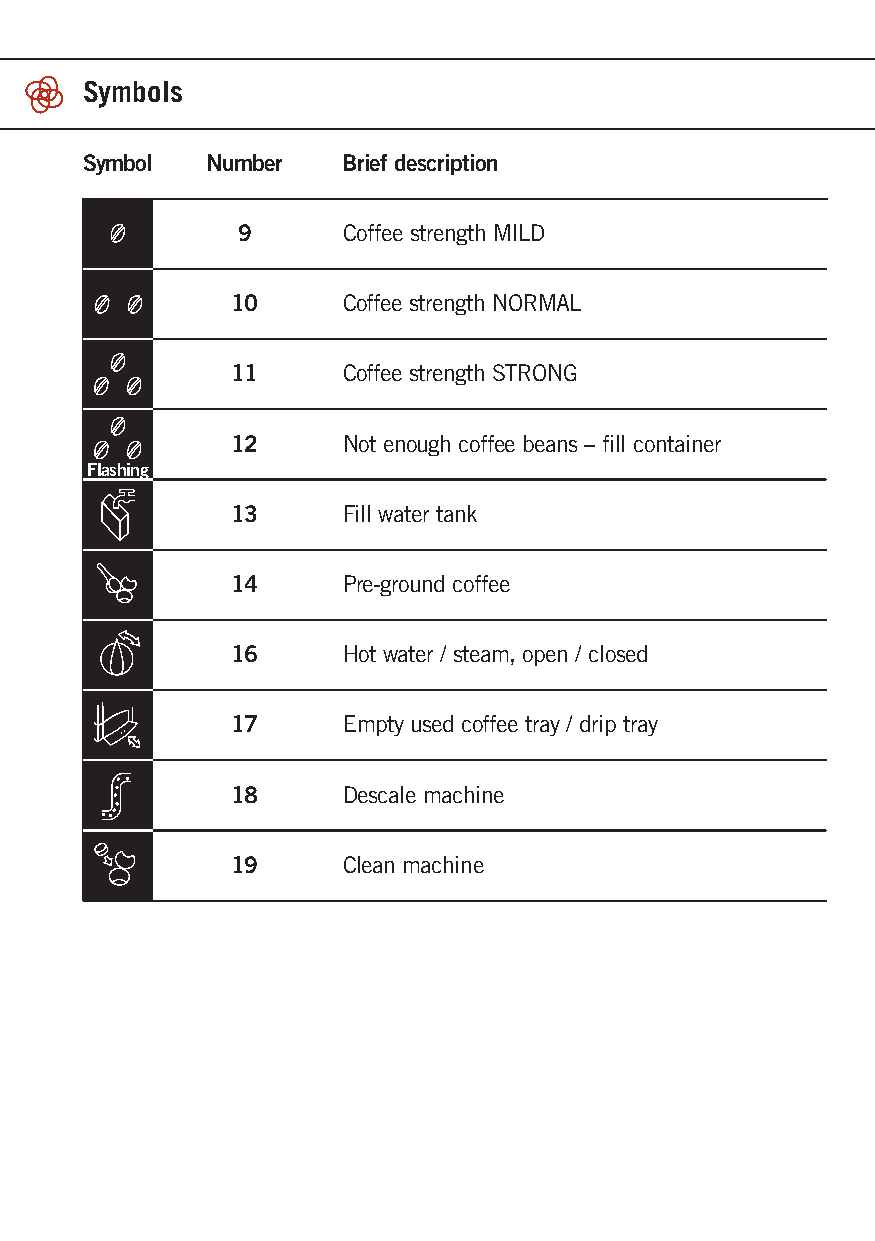
Symbols
 Symbol   Number   Brief description
 9      Coffee strength MILD
 10      Coffee strength NORMAL
 11      Coffee strength STRONG
 12      Not enough coffee beans – fill container
 Flashing
 13      Fill water tank
 14      Pre-ground coffee
 16      Hot water / steam, open / closed
 17      Empty used coffee tray / drip tray
 18      Descale machine
 19      Clean machine